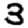
Digit: 3